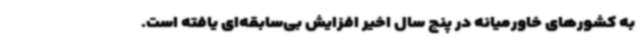
به کشورهای خاورمیانه در پنج سال اخیر افزایش بی‌سابقه‌ای یافته است.